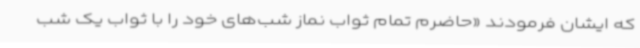
که ایشان فرمودند «حاضرم تمام ثواب نماز شب‌های خود را با ثواب یک شب